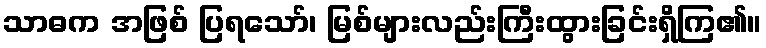
သာဓက အဖြစ် ပြရသော်၊ မြစ်များလည်းကြီးထွားခြင်းရှိကြ၏။